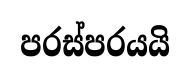
පරස්පරයයි